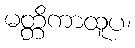
မတ္တိကာထူပ၊